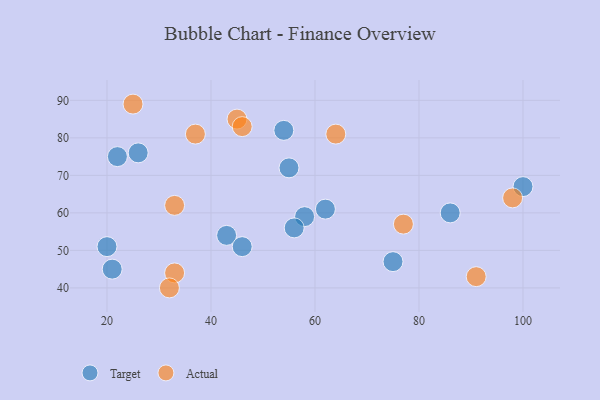
{"axis": {"x": "GDP", "y": "Life Expectancy"}, "legend": ["Actual", "Target"], "data": [{"x": "58", "y": 59, "type": "Target"}, {"x": "43", "y": 54, "type": "Target"}, {"x": "46", "y": 51, "type": "Target"}, {"x": "22", "y": 75, "type": "Target"}, {"x": "75", "y": 47, "type": "Target"}, {"x": "86", "y": 60, "type": "Target"}, {"x": "62", "y": 61, "type": "Target"}, {"x": "55", "y": 72, "type": "Target"}, {"x": "56", "y": 56, "type": "Target"}, {"x": "26", "y": 76, "type": "Target"}, {"x": "54", "y": 82, "type": "Target"}, {"x": "21", "y": 45, "type": "Target"}, {"x": "20", "y": 51, "type": "Target"}, {"x": "100", "y": 67, "type": "Target"}, {"x": "37", "y": 81, "type": "Actual"}, {"x": "64", "y": 81, "type": "Actual"}, {"x": "33", "y": 62, "type": "Actual"}, {"x": "25", "y": 89, "type": "Actual"}, {"x": "91", "y": 43, "type": "Actual"}, {"x": "45", "y": 85, "type": "Actual"}, {"x": "98", "y": 64, "type": "Actual"}, {"x": "33", "y": 44, "type": "Actual"}, {"x": "46", "y": 83, "type": "Actual"}, {"x": "32", "y": 40, "type": "Actual"}, {"x": "77", "y": 57, "type": "Actual"}]}